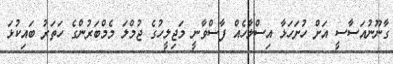
ގާނޫނުއަސާސީ އަށް ހުށަހަޅާ އިސްލާހެއް ފާސްވާނީ މަޖިލީހުގެ ޖުމްލަ މެމްބަރުންގެ ހަތަރު ބައިކުޅަ